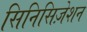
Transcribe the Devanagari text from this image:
सिनिसिज़ेशन